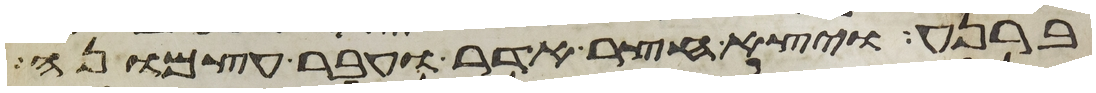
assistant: ברנע ויצא חצר אדר ועבר עצמונה